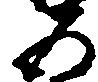
五